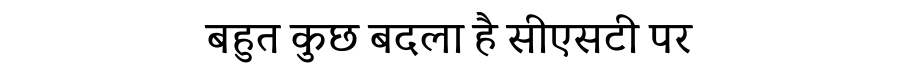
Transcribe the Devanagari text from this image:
बहुत कुछ बदला है सीएसटी पर